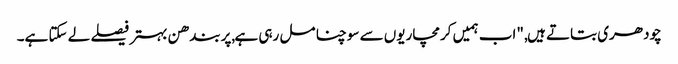
چودھری بتاتے ہیں, "اب ہمیں کرمچاریوں سے سوچنا مل رہی ہے,پربندھن بہتر فیصلے لے سکتا ہے۔